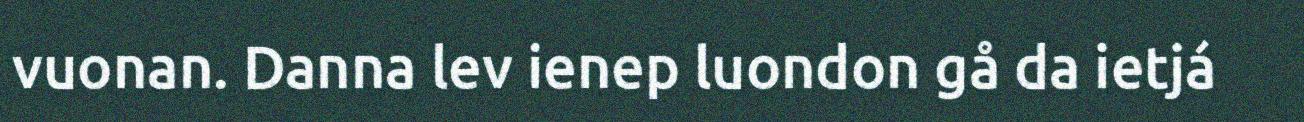
vuonan. Danna lev ienep luondon gå da ietjá